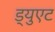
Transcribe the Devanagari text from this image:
ड्युएट